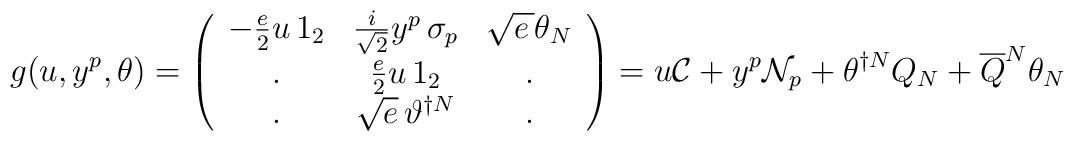
g(u,y^{p},\theta )=\left( \begin{array}{ccc}-\frac{e}{2}u\, 1_{2} & \frac{i}{\sqrt{2}}y^{p}\, \sigma _{p} & \sqrt{e\, }\theta _{N}\\. & \frac{e}{2}u\, 1_{2} & .\\. & \sqrt{e}\, \vartheta ^{\dagger N} & .\end{array}\right) =u{\cal C}+y^{p}{\cal N}_{p}+\theta ^{\dagger N}Q_{N}+\overline{Q}^{N}\theta _{N}